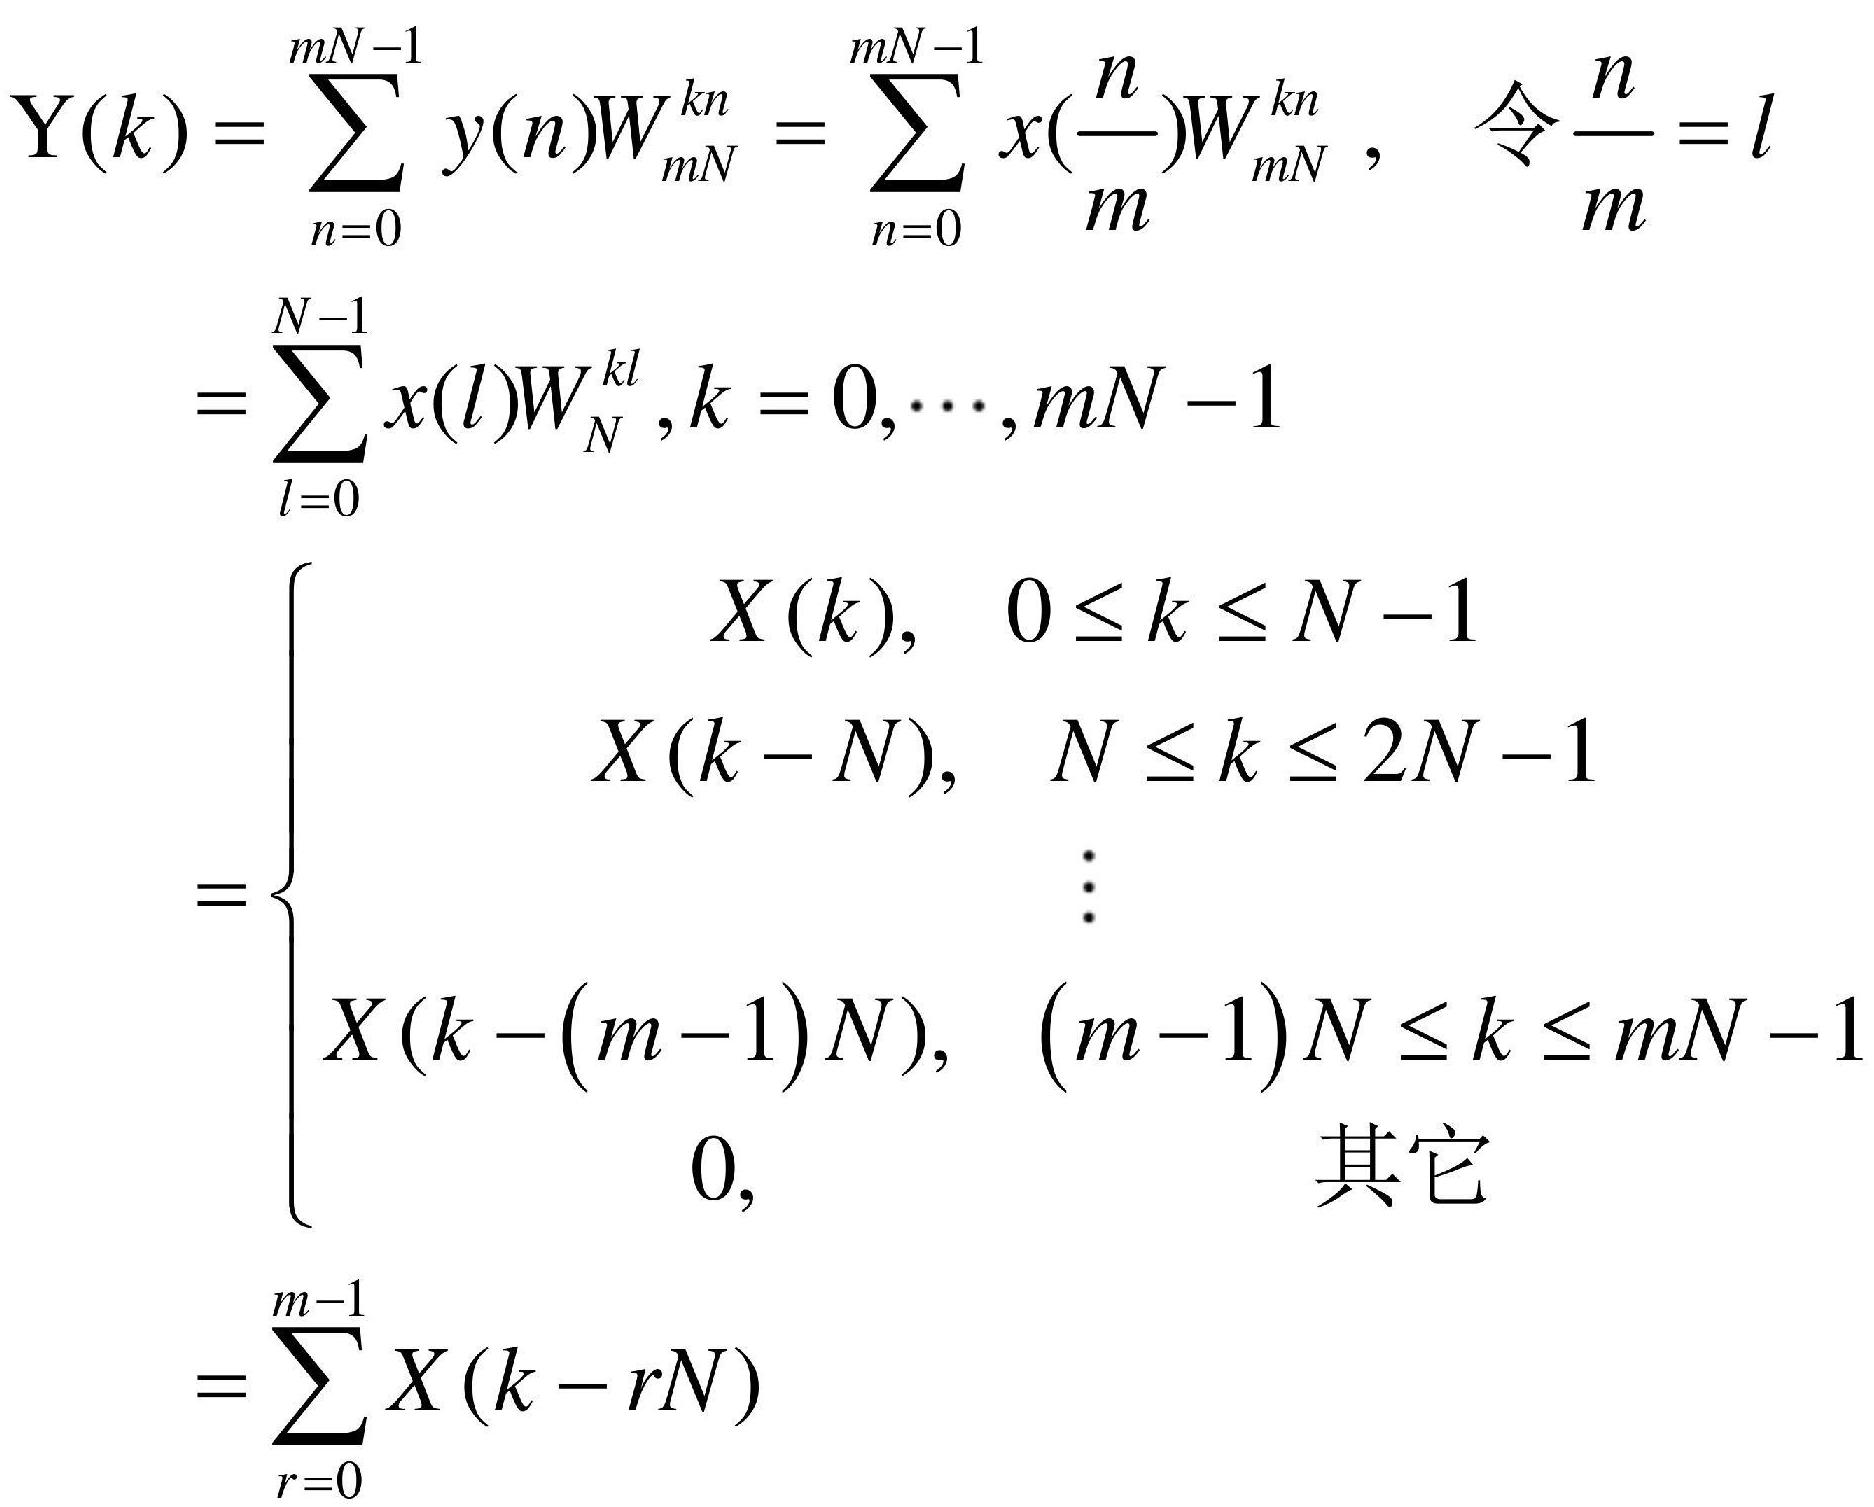
\[
\begin{align*}
\mathrm{Y}(k)&=\sum_{n = 0}^{mN - 1}y(n)W_{mN}^{kn}=\sum_{n = 0}^{mN - 1}x(\frac{n}{m})W_{mN}^{kn},\quad \text{令}\frac{n}{m}=l\\
&=\sum_{l = 0}^{N - 1}x(l)W_{N}^{kl},k = 0,\cdots,mN - 1\\
&=\begin{cases}
X(k),&0\leq k\leq N - 1\\
X(k - N),&N\leq k\leq 2N - 1\\
&\vdots\\
X(k-(m - 1)N),&(m - 1)N\leq k\leq mN - 1\\
0,&\text{其它}
\end{cases}\\
&=\sum_{r = 0}^{m - 1}X(k - rN)
\end{align*}
\]